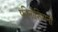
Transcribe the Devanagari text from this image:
फीनीशियनों